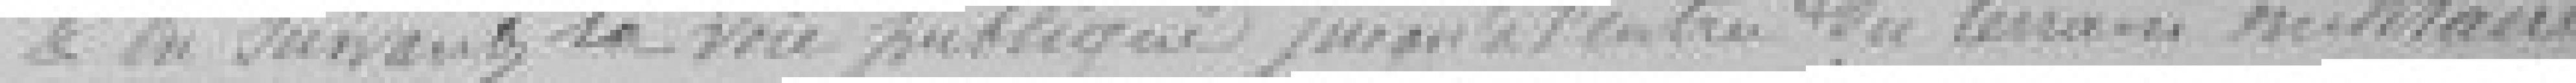
en suivant la voie publique jusqu'à l'entrée du terrain militaire